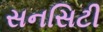
સનસિટી